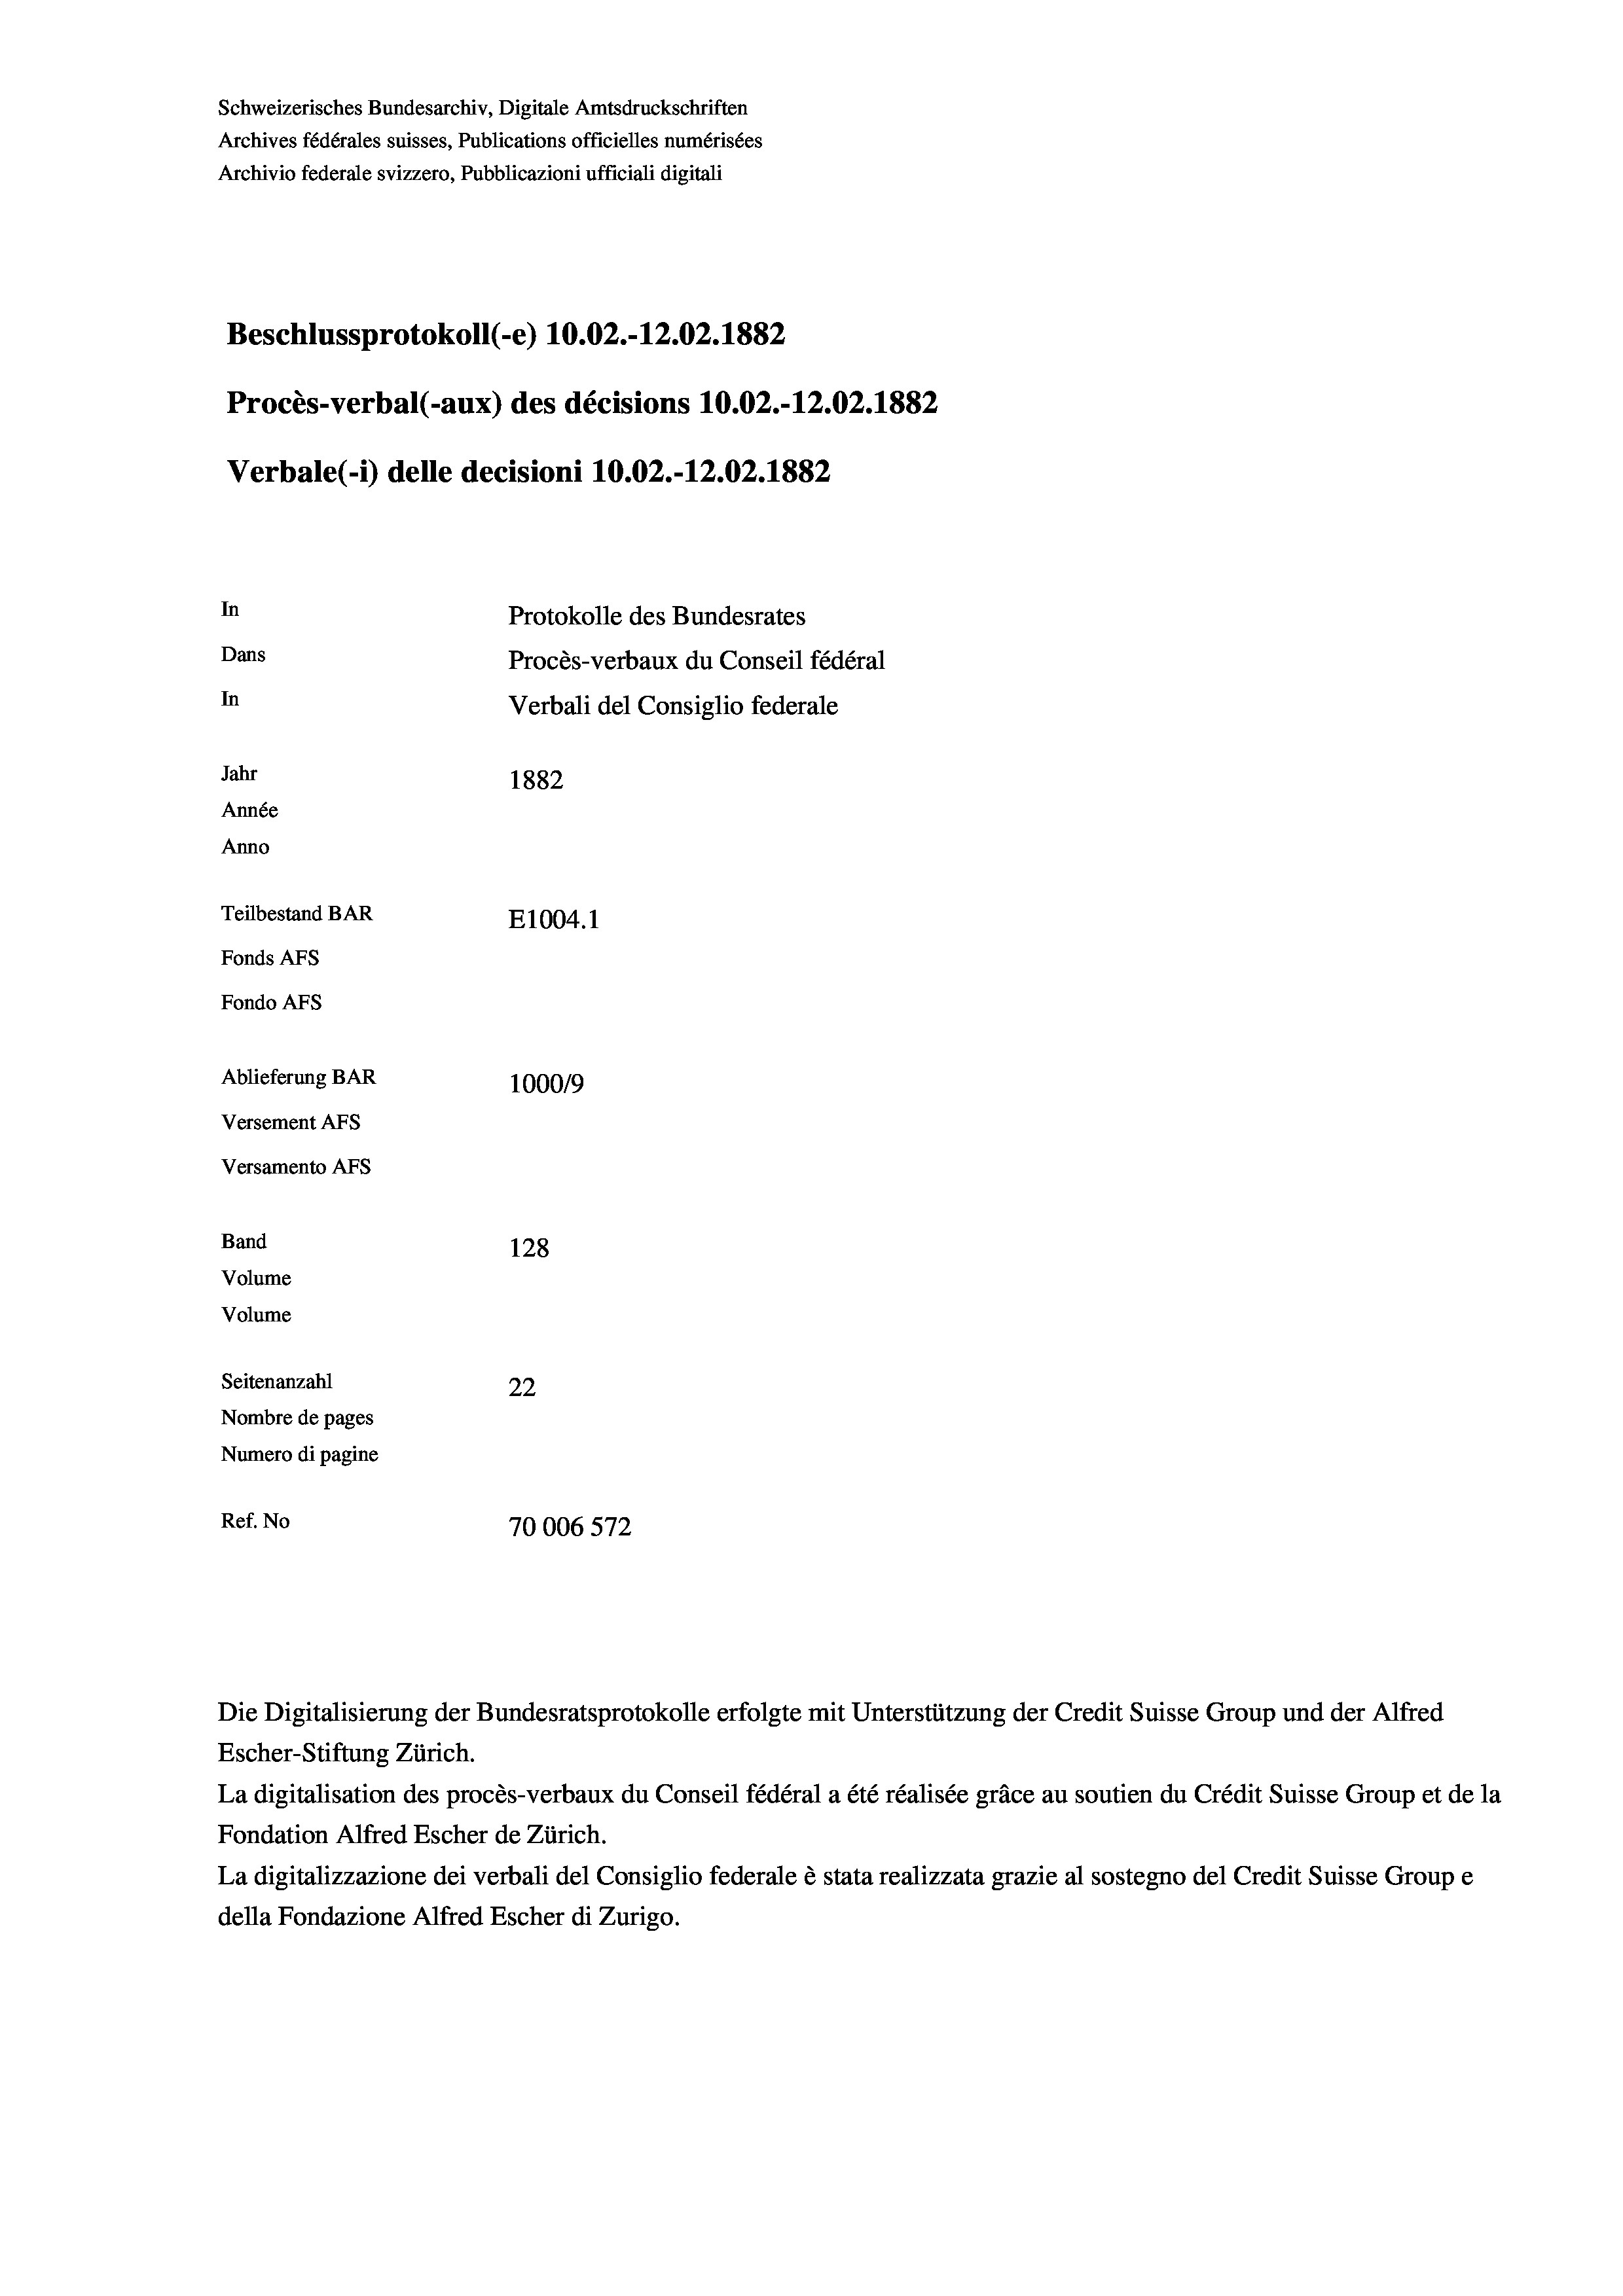
Schweizerisches Bundesarchiv, Digitale Amtsdruckschriften
Archives fédérales suisses, Publications officielles numérisées
Archivio federale svizzero, Pubblicazioni ufficiali digitali
Beschlussprotokoll (-e) 10.02.-12.02. 1882
Procès-verbal (-aux) des décisions 10.02.-12.02. 1882
Verbale (- 1) delle decisioni 10.02.-12.02. 1882
In
Protokolle des Bundesrates
Dans
Procès-verbaux du Conseil fédéral
In
Verbali del Consiglio federale
Jahr
1882
Année
Anno
Teilbestand BAR
E1004. 1
Fonds AFs
Fondo Afs
Ablieferung BAR
100019
Versement AFs
Versamento AFs

Band
Volume

128
Seitenanzahl
22
Nombre de pages
Numero di pagine
Ref. No
70006 572

Volume

Escher-Stiftung Zürich.
La digitalisation des procès-verbaux du Conseil fédéral a été réalisée gräce au soutien du Crédit Suisse Group et de la
Fondation Alfred Escher de Zürich.
La digitalizzazione dei verbali del Consiglio federale è stata realizzata grazie al sostegno del Credit Suisse Groupe
della Fondazione Alfred Escher di Zurigo.

Die Digitalisierung der Bundesratsprotokolle erfolgte mit Unterstützung der Credit Suisse Group und der Alfred